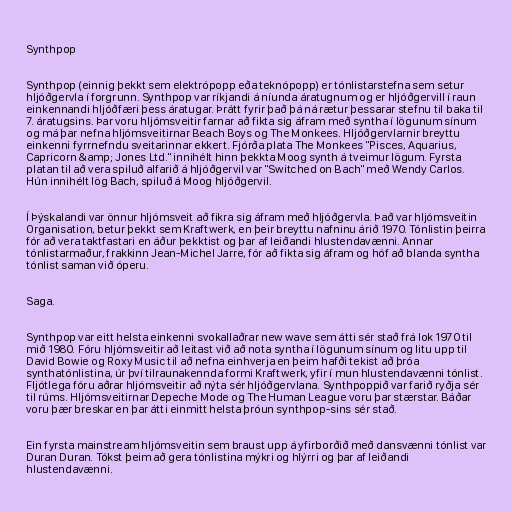
Synthpop

Synthpop (einnig þekkt sem elektrópopp eða teknópopp) er tónlistarstefna sem setur
hljóðgervla í forgrunn. Synthpop var ríkjandi á níunda áratugnum og er hljóðgervill í raun
einkennandi hljóðfæri þess áratugar. Þrátt fyrir það þá ná rætur þessarar stefnu til baka til
7. áratugsins. Þar voru hljómsveitir farnar að fikta sig áfram með syntha í lögunum sínum
og má þar nefna hljómsveitirnar Beach Boys og The Monkees. Hljóðgervlarnir breyttu
einkenni fyrrnefndu sveitarinnar ekkert. Fjórða plata The Monkees "Pisces, Aquarius,
Capricorn &amp; Jones Ltd." innihélt hinn þekkta Moog synth á tveimur lögum. Fyrsta
platan til að vera spiluð alfarið á hljóðgervil var "Switched on Bach" með Wendy Carlos.
Hún innihélt lög Bach, spiluð á Moog hljóðgervil.

Í Þýskalandi var önnur hljómsveit að fikra sig áfram með hljóðgervla. Það var hljómsveitin
Organisation, betur þekkt sem Kraftwerk, en þeir breyttu nafninu árið 1970. Tónlistin þeirra
fór að vera taktfastari en áður þekktist og þar af leiðandi hlustendavænni. Annar
tónlistarmaður, frakkinn Jean-Michel Jarre, fór að fikta sig áfram og hóf að blanda syntha
tónlist saman við óperu.

Saga.

Synthpop var eitt helsta einkenni svokallaðrar new wave sem átti sér stað frá lok 1970 til
mið 1980. Fóru hljómsveitir að leitast við að nota syntha í lögunum sínum og litu upp til
David Bowie og Roxy Music til að nefna einhverja en þeim hafði tekist að þróa
synthatónlistina, úr því tilraunakennda formi Kraftwerk, yfir í mun hlustendavænni tónlist.
Fljótlega fóru aðrar hljómsveitir að nýta sér hljóðgervlana. Synthpoppið var farið ryðja sér
til rúms. Hljómsveitirnar Depeche Mode og The Human League voru þar stærstar. Báðar
voru þær breskar en þar átti einmitt helsta þróun synthpop-sins sér stað.

Ein fyrsta mainstream hljómsveitin sem braust upp á yfirborðið með dansvænni tónlist var
Duran Duran. Tókst þeim að gera tónlistina mýkri og hlýrri og þar af leiðandi
hlustendavænni.